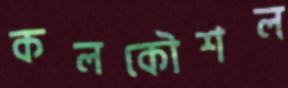
কলকৌশল